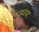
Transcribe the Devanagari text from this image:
धड्यांवर